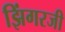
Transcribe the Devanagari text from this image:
झिंगरजी